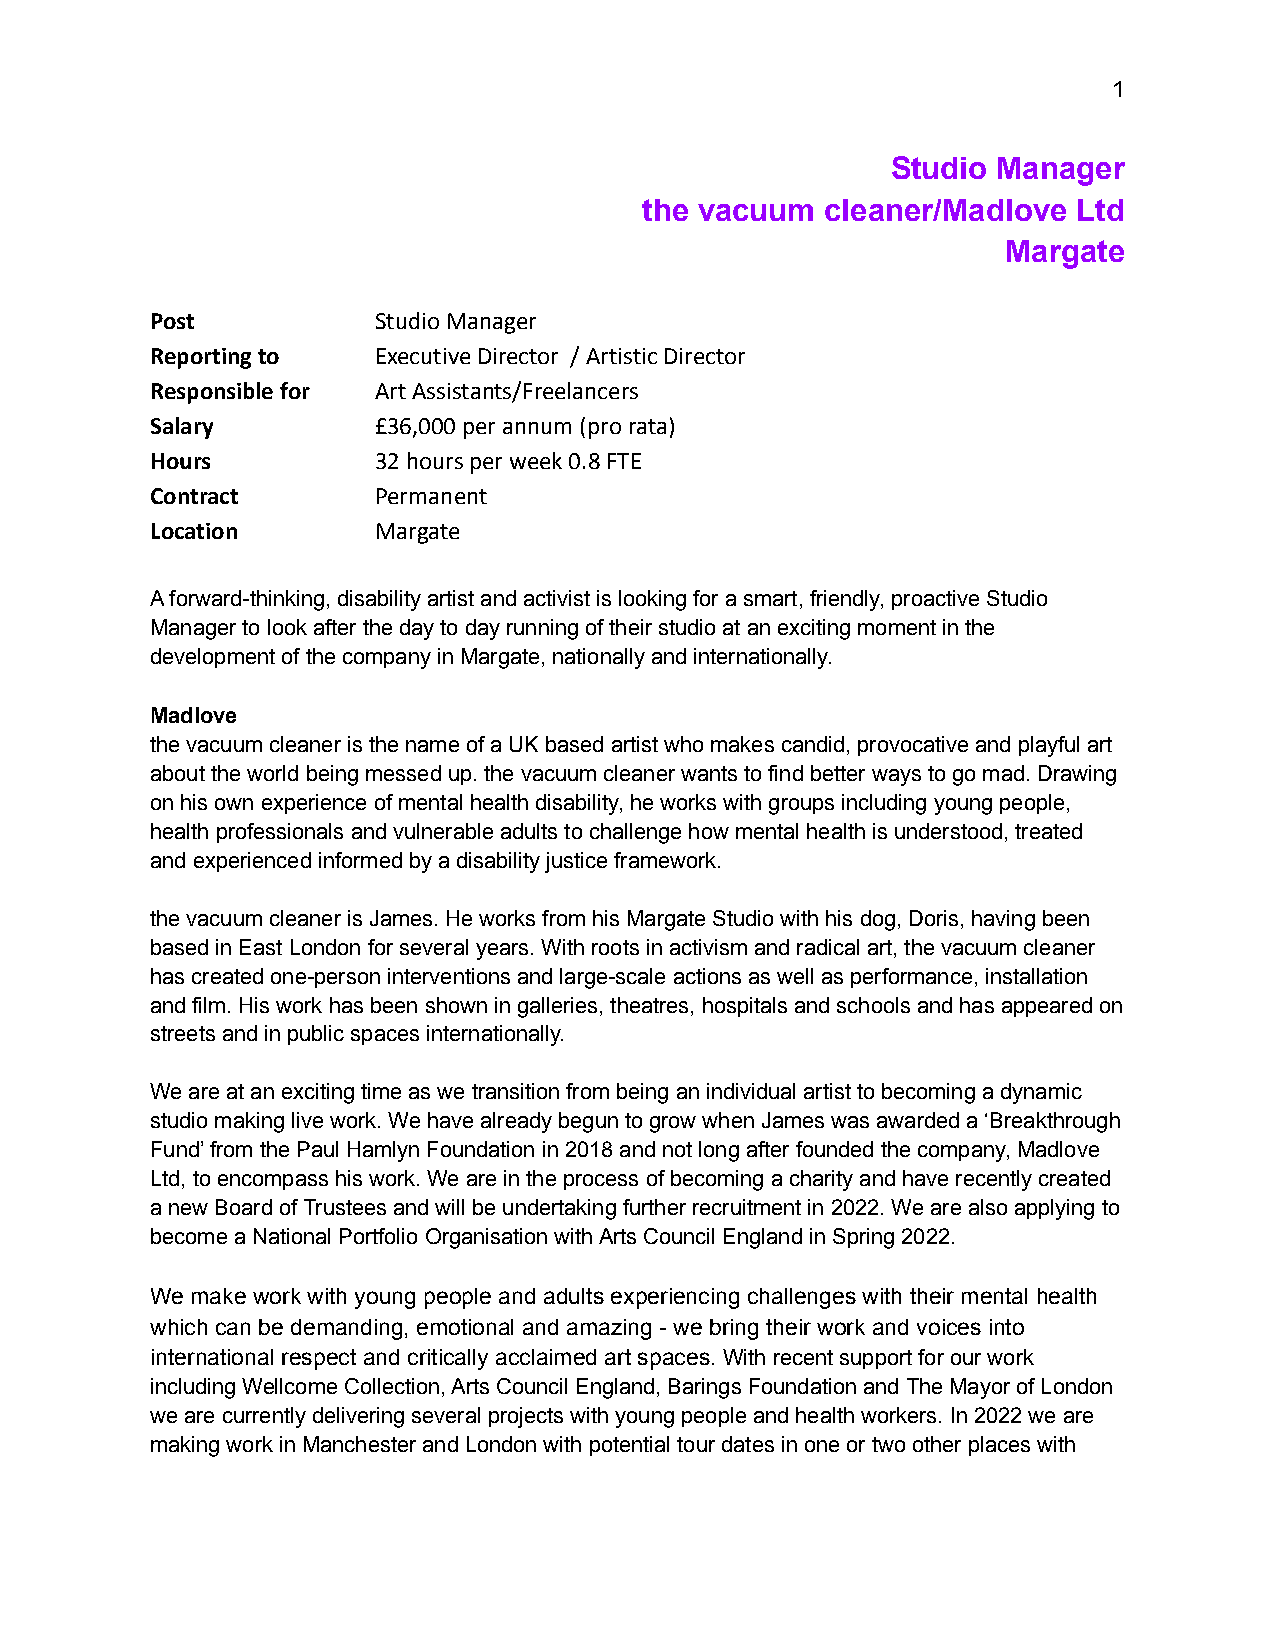
1
 Studio Manager
 the vacuum  cleaner/Madlove Ltd
 Margate
 Post           Studio Manager
 Reporting to   Executive Director / ArtisticDirector
 Responsible for Art Assistants/Freelancers
 Salary         £36,000 per annum (prorata)
 Hours          32 hours per week 0.8FTE
 Contract       Permanent
 Location       Margate
 A forward-thinking, disability artist and activist is looking for a smart, friendly, proactive Studio
 Manager to look after the day to day running of their studio at an exciting moment in the
 development of the company in Margate, nationally and internationally.
 Madlove
 the vacuum cleaner is the name of a UK based artist who makes candid, provocative and playful art
 about the world being messed up. the vacuum cleaner wants to find better ways to go mad. Drawing
 on his own experience of mental health disability, he works with groups including young people,
 health professionals and vulnerable adults to challenge how mental health is understood, treated
 and experienced informed by a disability justice framework.
 the vacuum cleaner is James. He works from his Margate Studio with his dog, Doris, having been
 based in East London for several years. With roots in activism and radical art, the vacuum cleaner
 has created one-person interventions and large-scale actions as well as performance, installation
 and film. His work has been shown in galleries, theatres, hospitals and schools and has appeared on
 streets and in public spaces internationally.
 We are at an exciting time as we transition from being an individual artist to becoming a dynamic
 studio making live work. We have already begun to grow when James was awarded a ‘Breakthrough
 Fund’ from the Paul Hamlyn Foundation in 2018 and not long after founded the company, Madlove
 Ltd, to encompass his work. We are in the process of becoming a charity and have recently created
 a new Board of Trustees and will be undertaking further recruitment in 2022. We are also applying to
 become a National Portfolio Organisation with Arts Council England in Spring 2022.
 We make work with young people and adults experiencing challenges with their mental health
 which can be demanding, emotional and amazing - we bring their work and voices into
 international respect and critically acclaimed art spaces. With recent support for our work
 including Wellcome Collection, Arts Council England, Barings Foundation and The Mayor of London
 we are currently delivering several projects with young people and health workers. In 2022 we are
 making work in Manchester and London with potential tour dates in one or two other places with